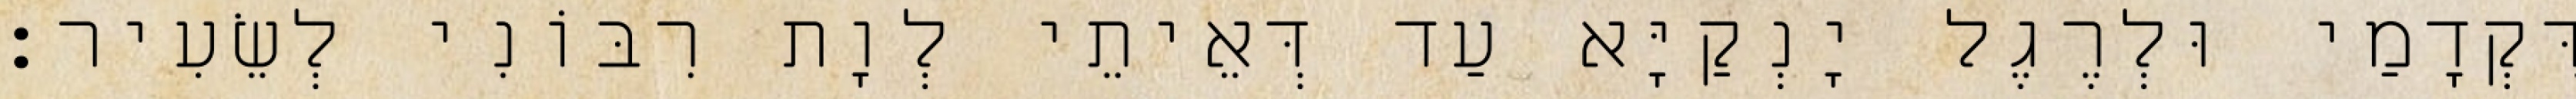
דִּקְדָמַי וּלְרֶגֶל יָנְקַיָּא עַד דְּאֵיתֵי לְוָת רִבּוֹנִי לְשֵׂעִיר׃